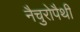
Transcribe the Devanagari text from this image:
नैचुरोपैथी